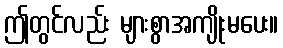
ဤတွင်လည်း များစွာအကျိုးမပေး။